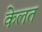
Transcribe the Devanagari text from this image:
केलत